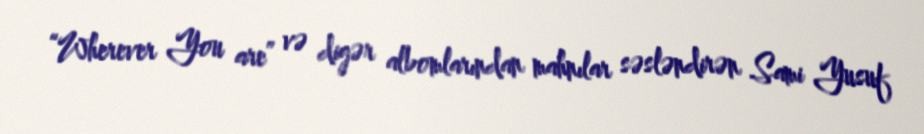
“Wherever You are” və digər albomlarından mahnılar səsləndirən Sami Yusuf